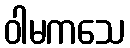
ဝါမကသေ